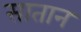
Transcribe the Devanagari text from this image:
सातान